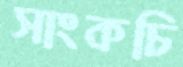
সাংকচি